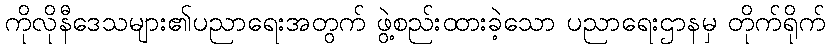
ကိုလိုနီဒေသများ၏ပညာရေးအတွက် ဖွဲ့စည်းထားခဲ့သော ပညာရေးဌာနမှ တိုက်ရိုက်